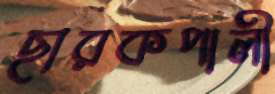
ছারকপালী